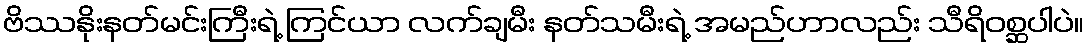
ဗိဿနိုးနတ်မင်းကြီးရဲ့ ကြင်ယာ လက်ချမီး နတ်သမီးရဲ့ အမည်ဟာလည်း သီရိဝစ္ဆပါပဲ။